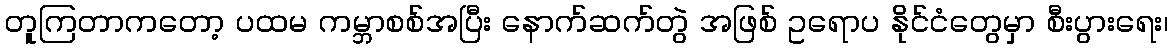
တူကြတာကတော့ ပထမ ကမ္ဘာစစ်အပြီး နောက်ဆက်တွဲ အဖြစ် ဥရောပ နိုင်ငံတွေမှာ စီးပွားရေး၊